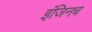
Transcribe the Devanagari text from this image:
इंजिनच